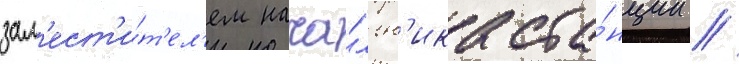
зам'ест'и́т'ел'ем нача́льн'ика ста́нции //